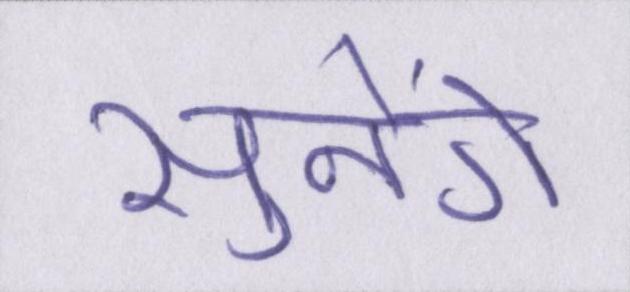
सुनेंगे